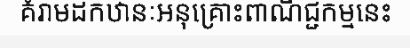
គំរាមដកឋានៈអនុគ្រោះពាណិជ្ជកម្មនេះ